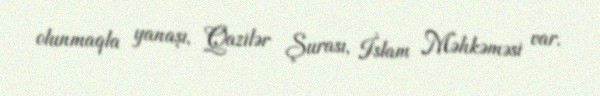
olunmaqla yanaşı, Qazilər Şurası, İslam Məhkəməsi var.